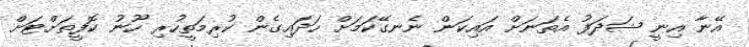
އޭނާ އިނީ ޝަދަފު އެތަނަށް އައިކަން ނެނގޭކަމަށް ހަދައިގެން ކުރިމަތީހުރި ހޫނު ކޮފީތަށްޓަށް